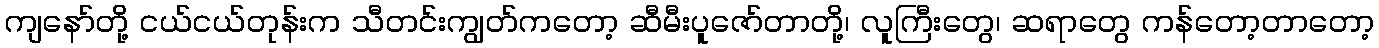
ကျနော်တို့ ငယ်ငယ်တုန်းက သီတင်းကျွတ်ကတော့ ဆီမီးပူဇော်တာတို့၊ လူကြီးတွေ၊ ဆရာတွေ ကန်တော့တာတော့